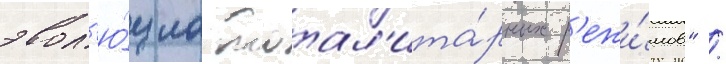
эвол'ю́циа тотал'ита́рных р'ежи́мов" /